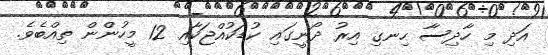
އަދި މި ހާދިސާ ހިނގި އިރު ދޯނީގައި ކުޑަކުއްޖަކާއި 12 މީހުންން ތިއްބެވެ.